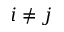
i \ne j